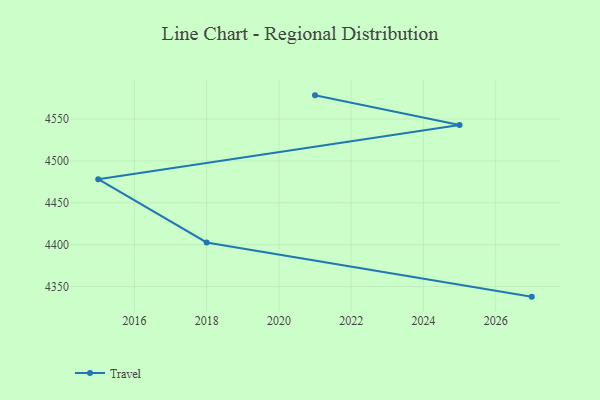
{"axis": {"x": "Year", "y": "Tickets Resolved"}, "legend": ["Travel"], "data": [{"x": "2027", "y": 4337.9, "type": "Travel"}, {"x": "2018", "y": 4402.6, "type": "Travel"}, {"x": "2015", "y": 4478.2, "type": "Travel"}, {"x": "2025", "y": 4542.9, "type": "Travel"}, {"x": "2021", "y": 4578.3, "type": "Travel"}]}